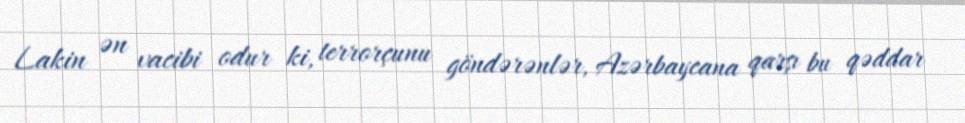
Lakin ən vacibi odur ki, terrorçunu göndərənlər, Azərbaycana qarşı bu qəddar